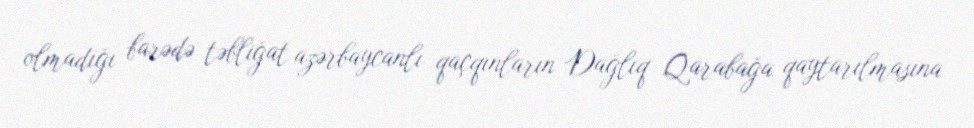
olmadığı barədə təbliğat azərbaycanlı qaçqınların Dağlıq Qarabağa qaytarılmasına